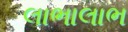
લાભાલાભ